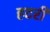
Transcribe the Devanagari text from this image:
हटरी